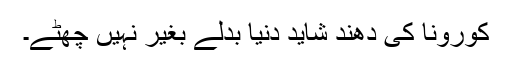
کورونا کی دھند شاید دنیا بدلے بغیر نہیں چھٹے۔